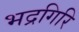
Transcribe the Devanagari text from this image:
भद्रगिरि